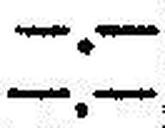
—.—